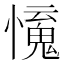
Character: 𢣒